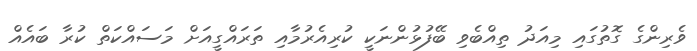
ވެރިންގެ ގޮތުގައި މިއަދު ތިއްބެވި ބޭފުޅުންނަކީ ކުރިއެރުމާއި ތަރައްގީއަށް މަސައްކަތް ކުރާ ބައެއް